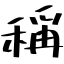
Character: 稱